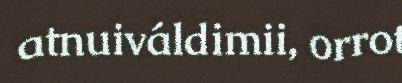
atnuiváldimii, orrot